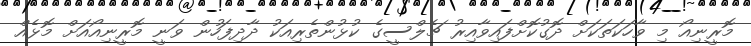
މޮރީނިއޯ މި ވާހަކަތަކަށް ދޮގުކޮށްފައިވާއިރު ޗެލްސީގެ ކުޅުންތެރިއަކު ދާދިފަހުން ވަނީ މޮރީނިއޯއަށް މޮޅެއް